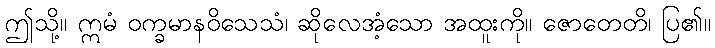
ဤသို့။ ဣမံ ဝက္ခမာနဝိသေသံ၊ ဆိုလေအံ့သော အထူးကို။ ဇောတေတိ၊ ပြ၏။